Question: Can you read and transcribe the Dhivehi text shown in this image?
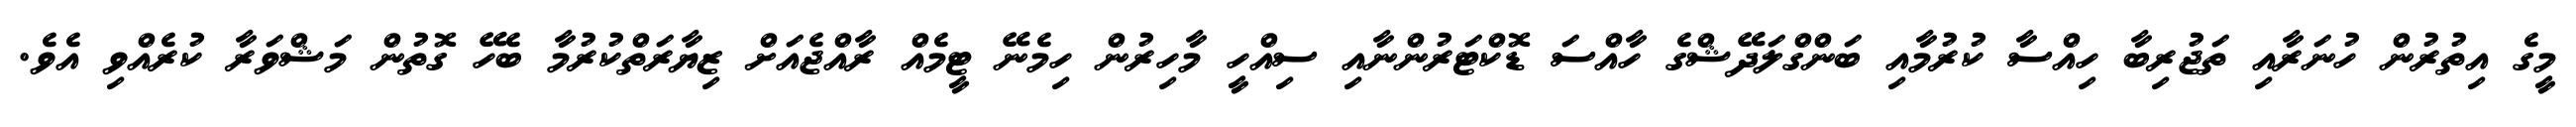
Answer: މީގެ އިތުރުން ހުނަރާއި ތަޖުރިބާ ހިއްސާ ކުރުމާއި ބަންގްލަދޭޝްގެ ހާއްސަ ޑޮކްޓަރުންނާއި ސިއްހީ މާހިރުން ހިމެނޭ ޓީމެއް ރާއްޖެއަށް ޒިޔާރަތްކުރުމާ ބެހޭ ގޮތުން މަޝްވަރާ ކުރެއްވި އެވެ.